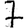
Digit: 7